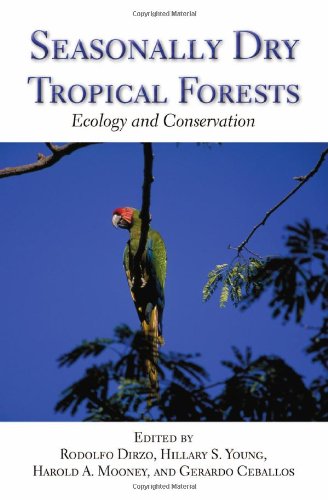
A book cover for Seasonally Dry Tropical Forests: Ecology and Conservation; Rodolfo Dirzo; Science & Math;